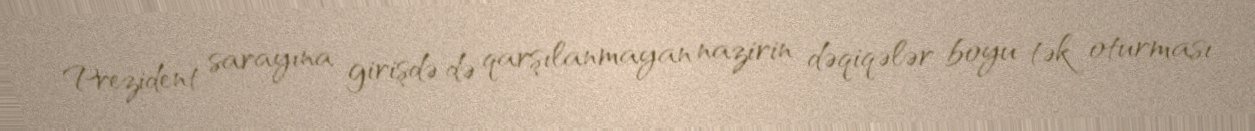
Prezident sarayına girişdə də qarşılanmayan nazirin dəqiqələr boyu tək oturması